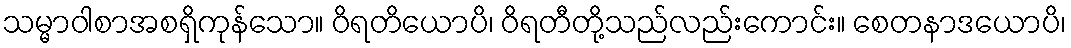
သမ္မာဝါစာအစရှိကုန်သော။ ဝိရတိယောပိ၊ ဝိရတီတို့သည်လည်းကောင်း။ စေတနာဒယောပိ၊